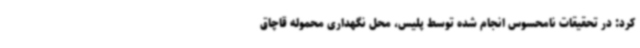
کرد: در تحقیقات نامحسوس انجام شده توسط پلیس، محل نگهداری محموله قاچاق